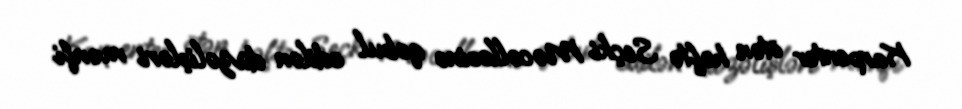
Karpenter ötən həftə Seçki Məcəlləsinə qəbul edilən düzəlişləri mənfi